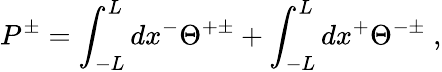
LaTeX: P^{\pm}=\int_{-L}^{L}dx^{-}\Theta^{+\pm}+\int_{-L}^{L}dx^{+}\Theta^{-\pm}\; ,